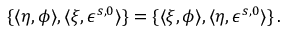
\{ \langle \eta , \phi \rangle , \langle \xi , \epsilon ^ { s , 0 } \rangle \} = \{ \langle \xi , \phi \rangle , \langle \eta , \epsilon ^ { s , 0 } \rangle \} \, .